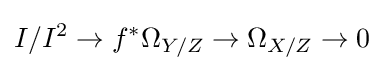
I/I^{2}\to f^{*}\Omega _{Y/Z}\to \Omega _{X/Z}\to 0